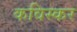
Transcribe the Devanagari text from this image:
कविस्कर